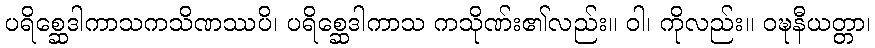
ပရိစ္ဆေဒါကာသကသိဏဿပိ၊ ပရိစ္ဆေဒါကာသ ကသိုဏ်း၏လည်း။ ဝါ၊ ကိုလည်း။ ဝဍ္ဎနီယတ္တာ၊